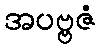
အပဗ္ဗဇံ